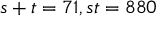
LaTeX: s + t = 7 1 , s t = 8 8 0